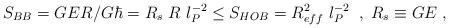
LaTeX: \begin{align*}S_{BB} = GER/G\hbar = R_s~ R ~l_P^{-2} \le S_{HOB} = R_{eff}^2 ~ l_P^{-2} \;\;, \; R_s \equiv GE \; ,\end{align*}